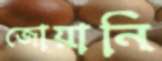
জোয়ানি